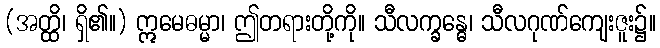
(အတ္ထိ၊ ရှိ၏။) ဣမေဓမ္မာ၊ ဤတရားတို့ကို။ သီလက္ခန္ဓေ၊ သီလဂုဏ်ကျေးဇူး၌။